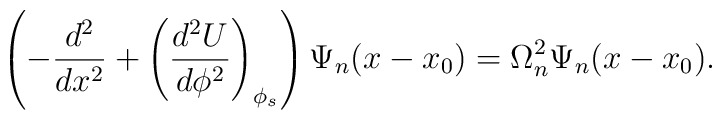
\left(-\frac{d^2}{dx^2}+\left(\frac{d^2U}{d\phi^2}\right)_{\phi_s}\right)\Psi_n(x-x_0)=\Omega^2_n \Psi_n(x-x_0).